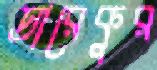
তারেকুর